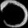
Digit: ၁